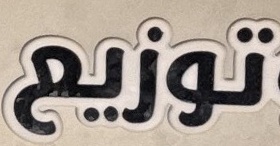
توزیع